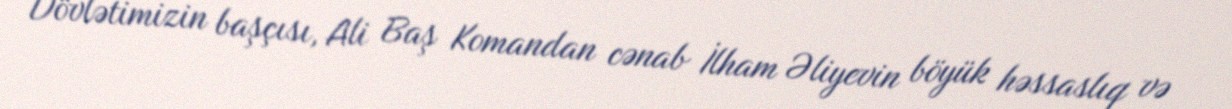
Dövlətimizin başçısı, Ali Baş Komandan cənab İlham Əliyevin böyük həssaslıq və